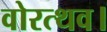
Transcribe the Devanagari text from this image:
वोरत्थव।